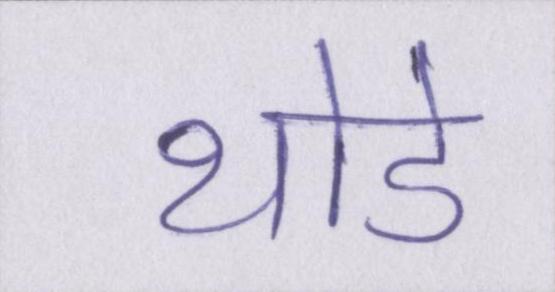
थोडे